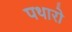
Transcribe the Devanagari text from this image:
पथारो